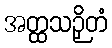
အတ္ထသဉှိတံ